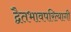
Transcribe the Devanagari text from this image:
द्वैतभावपरित्यागी